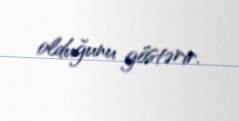
olduğunu göstərir.